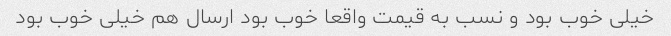
خیلی خوب بود و نسب به قیمت واقعا خوب بود ارسال هم خیلی خوب بود